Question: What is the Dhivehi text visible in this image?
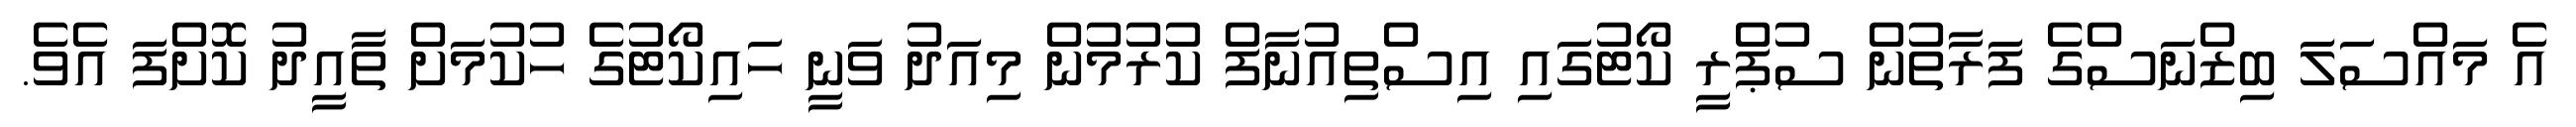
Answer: އެ މައްސަލަ ބިޒްނަސްގެ ފަރާތުން ސުޕްރީ ކޯޓުގައި އިސްތިއުނާފް ކުރުމުން މިއަދު ވަނީ ހައިކޯޓުގެ ހުކުމަށް ތާއީދު ކޮށްފަ އެވެ.